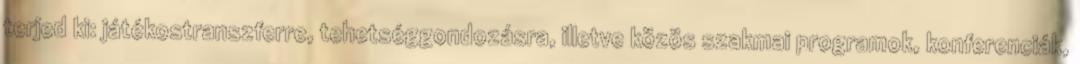
terjed ki: játékostranszferre, tehetséggondozásra, illetve közös szakmai programok, konferenciák,